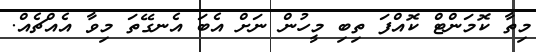
މިތާ ކޮމަންޓް ކޮއްފަ ތިބި މީހުން ނަށް އެބަ އެނގޭތަ މިވާ އެއްޗެއް.